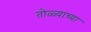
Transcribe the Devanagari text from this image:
तोळ्याच्या